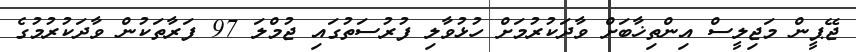
ޖޭޕީން މަޖިލީސް އިންތިޚާބަށް ވާދަކުރުމަށް ހުޅުވާލި ފުރުސަތުގައި ޖުމްލަ 97 ފަރާތަކުން ވާދަކުރުމުގެ